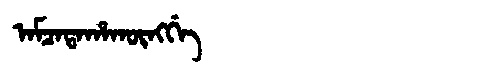
Manchu: ᠠᠮᠴᠠᡨᠠᡥᠠᡴᡡᠩᡤᡝ
Romanization: AMCATAHAKŪNGGE